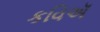
કવિઍ